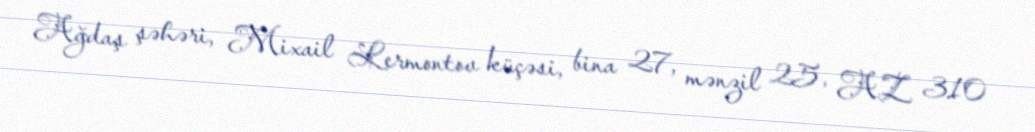
Ağdaş şəhəri, Mixail Lermontov küçəsi, bina 27, mənzil 25, AZ 310